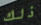
ذلك